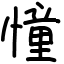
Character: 憧